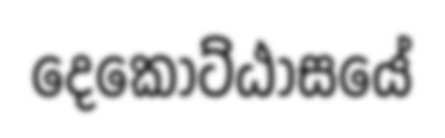
දෙකොට්ඨාසයේ